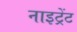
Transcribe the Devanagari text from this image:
नाइट्रेंट